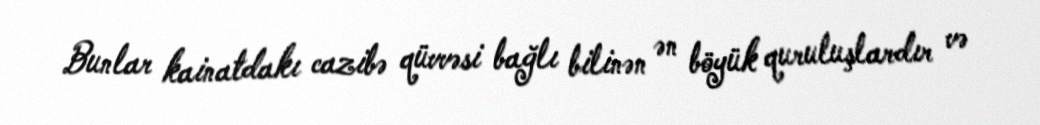
Bunlar kainatdakı cazibə qüvvəsi bağlı bilinən ən böyük quruluşlardır və